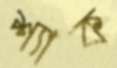
শ্যাক